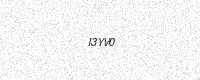
Text: I3YV0